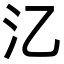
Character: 㲸